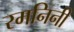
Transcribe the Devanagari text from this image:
रमनिनी